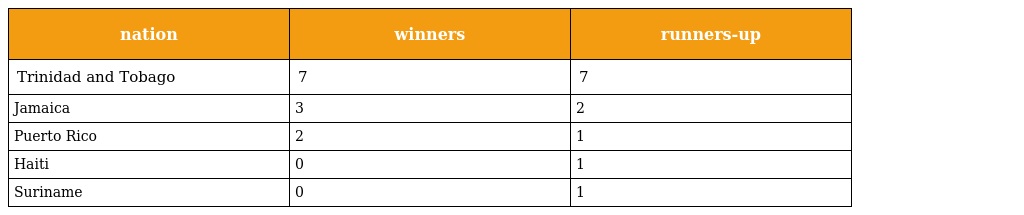
| nation | winners | runners-up |
 | --- | --- | --- |
 | Trinidad and Tobago | 7 | 7 |
 | Jamaica | 3 | 2 |
 | Puerto Rico | 2 | 1 |
 | Haiti | 0 | 1 |
 | Suriname | 0 | 1 |